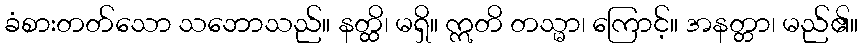
ခံစားတတ်သော သဘောသည်။ နတ္ထိ၊ မရှိ။ ဣတိ တသ္မာ၊ ကြောင့်။ အနတ္တာ၊ မည်၏။